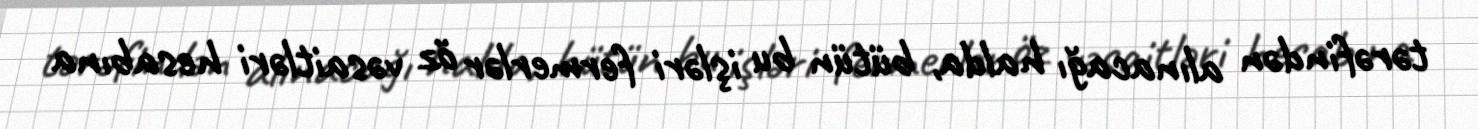
tərəfindən alınacağı halda, bütün bu işləri fermerlər öz vəsaitləri hesabına